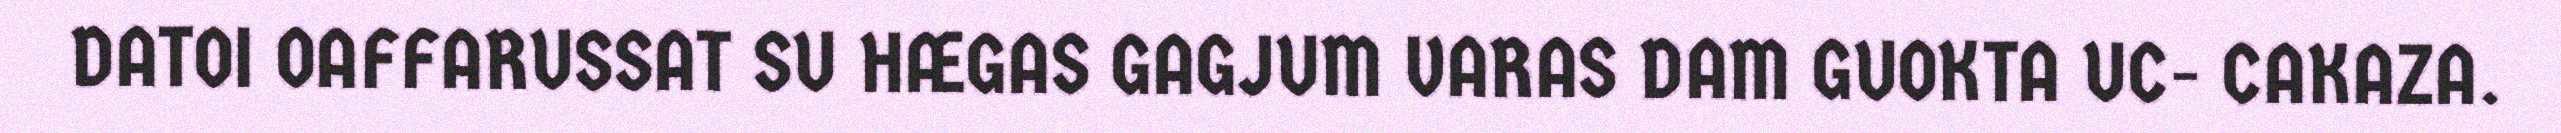
DATOI OAFFARUSSAT SU HÆGAS GAGJUM VARAS DAM GUOKTA UC- CAKAZA.